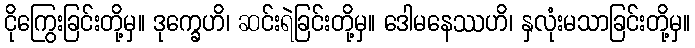
ငိုကြွေးခြင်းတို့မှ။ ဒုက္ခေဟိ၊ ဆင်းရဲခြင်းတို့မှ။ ဒေါမနေဿဟိ၊ နှလုံးမသာခြင်းတို့မှ။